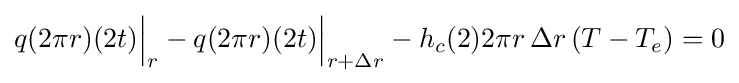
q(2\pi r)(2t){\Bigr |}_{r}-q(2\pi r)(2t){\Bigr |}_{r+\Delta r}-h_{c}(2)2\pi r\,\Delta r\left(T-T_{e}\right)=0